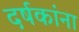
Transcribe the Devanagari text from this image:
दर्षकांना